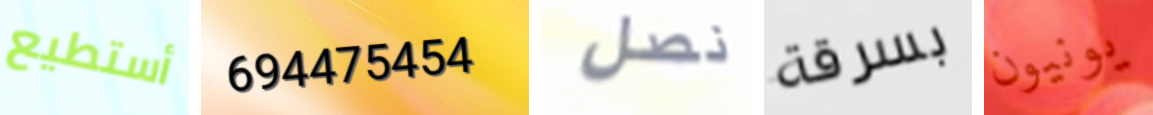
أستطيع 694475454 نصل بسرقة يونيون